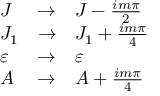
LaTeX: \begin{array} { l l l } { { J } } & { { \rightarrow } } & { { J - { \frac { i m \pi } { 2 } } } } \\ { { J _ { 1 } } } & { { \rightarrow } } & { { J _ { 1 } + { \frac { i m \pi } { 4 } } } } \\ { { \varepsilon } } & { { \rightarrow } } & { { \varepsilon } } \\ { { A } } & { { \rightarrow } } & { { A + { \frac { i m \pi } { 4 } } } } \end{array}